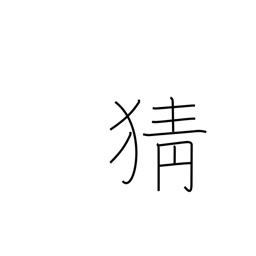
Meaning: jealousy